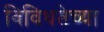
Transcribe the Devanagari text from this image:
विविधतेच्या